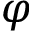
\varphi